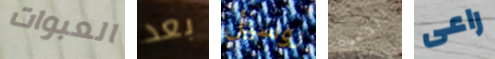
العبوات بعد روسيل الدعوة راعى